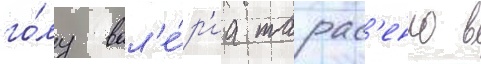
го́лу вал'е́р'иа тарас'енко в